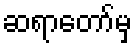
ဆရာတော်မှ